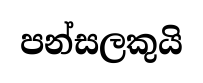
පන්සලකුයි